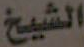
الشيخ